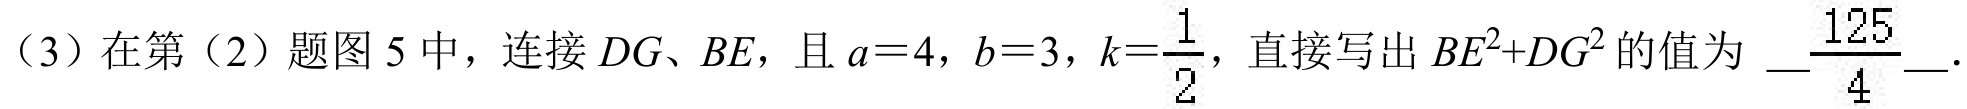
（3）在第（2）题图 5 中，连接 \(DG、BE\)，且 \(a = 4\)，\(b = 3\)，\(k=\dfrac{1}{2}\)，直接写出 \(BE^{2}+DG^{2}\)的值为 \(\underline{\dfrac{125}{4}}\).